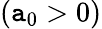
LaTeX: (\mathtt{a}_{0}>0)